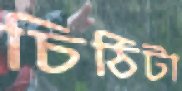
চিঠিটা